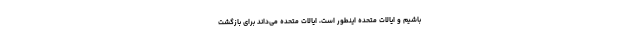
باشیم و ایالات متحده اینطور است، ایالات متحده می‌داند برای بازگشت